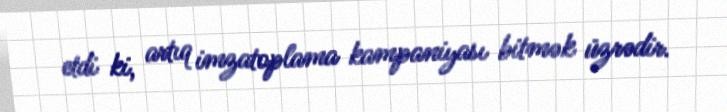
etdi ki, artıq imzatoplama kampaniyası bitmək üzrədir.